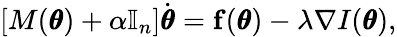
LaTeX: \left[M(\pmb\theta)+\alpha\mathbb I_{n}\right]\dot{\pmb\theta}=\mathbf f(\pmb\theta)-\lambda\nabla I(\pmb\theta),